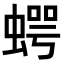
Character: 𧍞